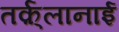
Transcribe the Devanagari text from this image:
तर्क़्लानाई